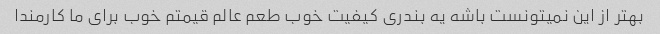
بهتر از این نمیتونست باشه یه بندری کیفیت خوب طعم عالم قیمتم خوب برای ما کارمندا